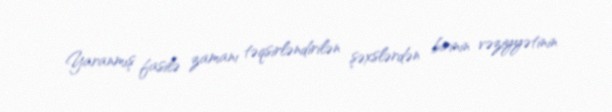
Yaranmış fasilə zamanı təqsirləndirilən şəxslərdən birinin vəziyyətinin